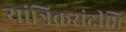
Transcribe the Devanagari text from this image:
यांत्रिकसंदीप्ति